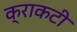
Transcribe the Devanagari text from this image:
क्राकटी